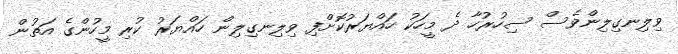
ވިލިނގިލިންވެސް ސިހުރުހާ ދެ މީހަކު ހައްޔަރުކޮށްފި ވިލިނގިލިން ހައްޔަރު ކުރި މީހުންގެ އަތުން